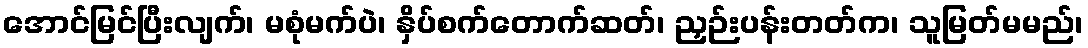
အောင်မြင်ပြီးလျက်၊ မစုံမက်ပဲ၊ နှိပ်စက်တောက်ဆတ်၊ ညှဉ်းပန်းတတ်က၊ သူမြတ်မမည်၊